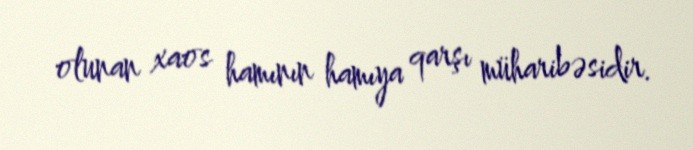
olunan xaos hamının hamıya qarşı müharibəsidir.